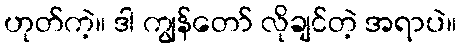
ဟုတ်ကဲ့။ ဒါ ကျွန်တော် လိုချင်တဲ့ အရာပဲ။